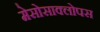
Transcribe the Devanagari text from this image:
मेसोसाक्लोपस